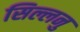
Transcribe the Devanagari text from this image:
सिल्लनु